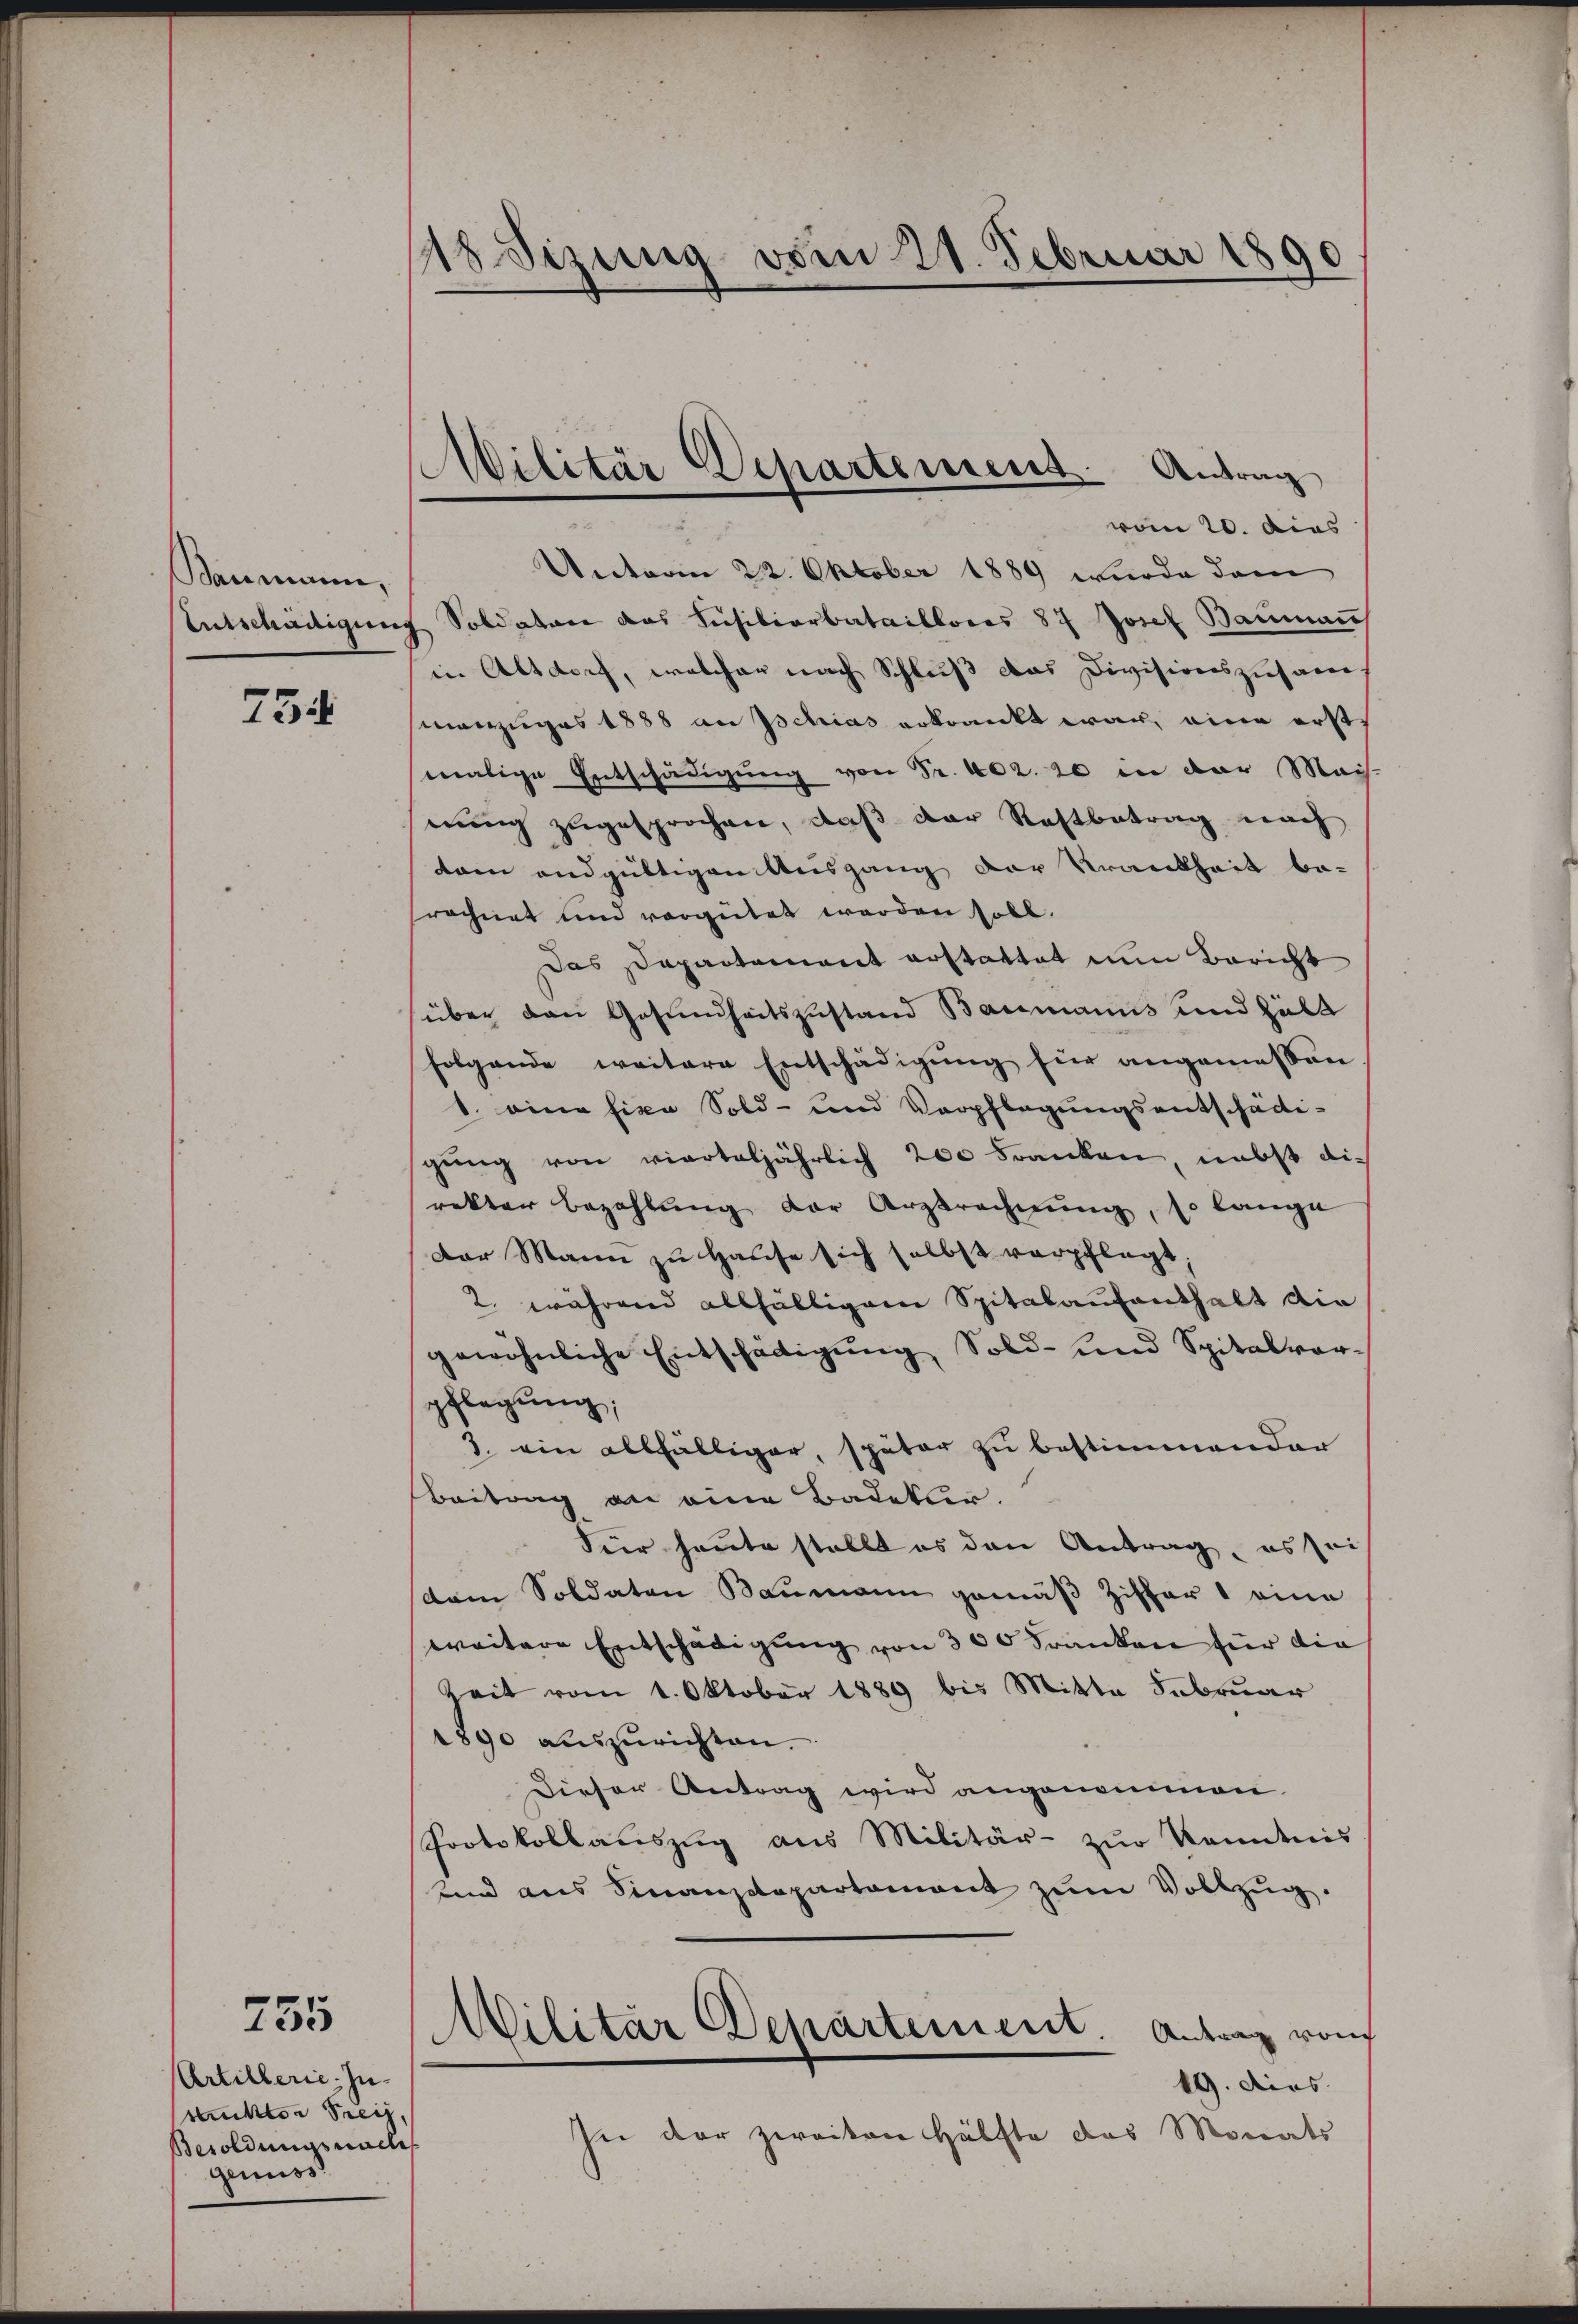
Baumann,
Entschädigung

75

755

Artillerie Zuruckter Preis,
Besoldungsmache
genuss.

118 dizung vom 21. Februar 1890

Militär Departement. Antrag
vom 20. dies

Unterm 22. Oktober 1889 wurde dem
Soldaten das Füsiliarbataillonis 87 Josef Baumans
in Altdorf, welcher nach Schluß das Divisionszusame
manzuges 1888 an Ischias erkrankt war, eine erst
malige Entschädigung von Fr. 402. 20 in der Mais-
eiung zugesprochen, daß der Restbetrag nach
dam endgültigen Ausgang der Krankheit be-
srechnet und vorgütet werden soll.
Das Sapartament erstattet nun Bericht
über den Gesundheitszustand Baumanns und hält
folgende weitere Entschädigung für angemessen
1. eine fixe Sold- und Verpflegungsentschädi-
gung von vierteljährlich 200 Franken, nebst die
rakter Bezahlung der Arztrechnŭng, so lange
Der Mann zu Hause sich selbst verpflegt,
2, während allfälligem Spitalaufenthalt die
gewöhnliche Entschädigung Sold- und Spitalverpflegung;
3. ein allfälliger, später zŭ bestimmender
Beitrag an eine Badetter.
Für heute stellt es den Antrag, es sei
dam Soldaten Baumann gemäß Ziffer eine
weitere Entschädigung von 300 Franken für die
Zeit vom 1. Oktober 1889 bis Mitte Februar
1890 auszurichten.
Dieser Antrag wird angenommen.
Protokollauszug aus Militär- zur Kenntnis
unnd aus Finanzdepartamant zŭm Vollzug.
Militär Departement
Antrag von
19. dies
In der zweiten Hälfte das Monats